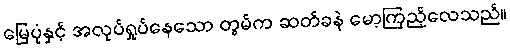
မြေပုံနှင့် အလုပ်ရှုပ်နေသော တွမ်က ဆတ်ခနဲ မော့ကြည့်လေသည်။